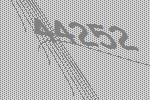
44252